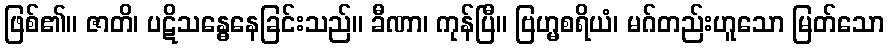
ဖြစ်၏။ ဇာတိ၊ ပဋိသန္ဓေနေခြင်းသည်။ ခီဏာ၊ ကုန်ပြီ။ ဗြဟ္မစရိယံ၊ မဂ်တည်းဟူသော မြတ်သော